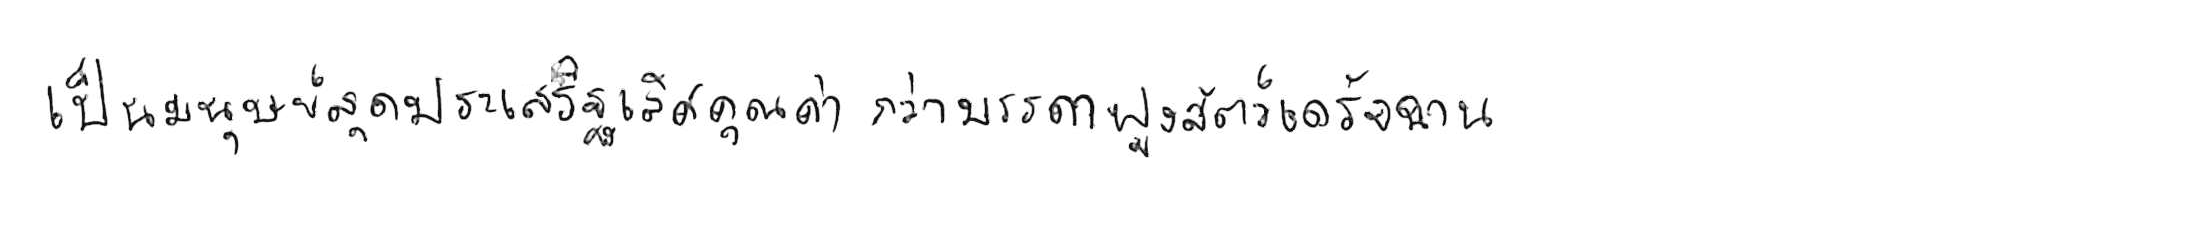
เป็นมนุษย์สุดประเสริฐเลิศคุณค่า กว่าบรรดาฝูงสัตว์เดรัจฉาน